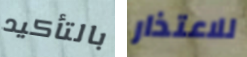
بالتأكيد للاعتذار